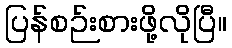
ပြန်စဉ်းစားဖို့လိုပြီ။